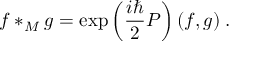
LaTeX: f \ast _ { M } ^ { } g = \exp \left( \frac { i \hbar } { 2 } { \cal P } \right) ( f , g ) \; .